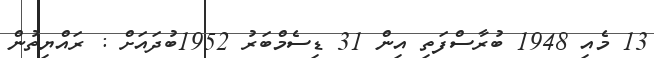
13 މެއި 1948 ބުރާސްފަތި އިން 31 ޑިސެމްބަރު 1952ބުދައަށް : ރައްޔިތުން